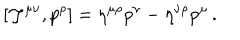
[ { \cal J } ^ { \mu \nu } , p ^ { \rho } ] = \eta ^ { \mu \rho } p ^ { \nu } - \eta ^ { \nu \rho } p ^ { \mu } \, .